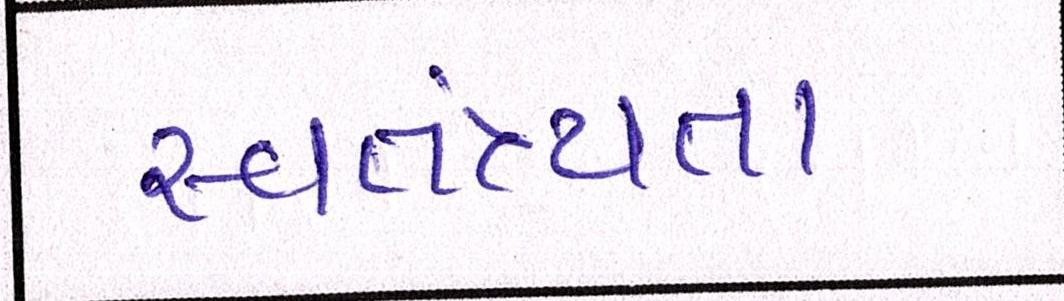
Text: સ્વતંત્ર્યતા